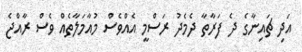
އަދި ޗައިނާގެ ދެ ފަރާތާ ދެމެދު ރަސްމީ އެއްވެސް މުއާމަލާތެއް ވެސް ރާއްޖެ